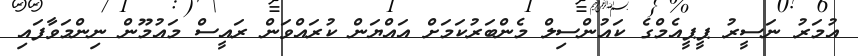
އުމަރު ނަސީރު ޕީޕީއެމްގެ ކައުންސިލް މެންބަރުކަމަށް އައްޔަން ކުރައްވަން ރައީސް މައުމޫން ނިންމަވާފައި